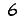
Digit: 6